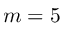
m = 5